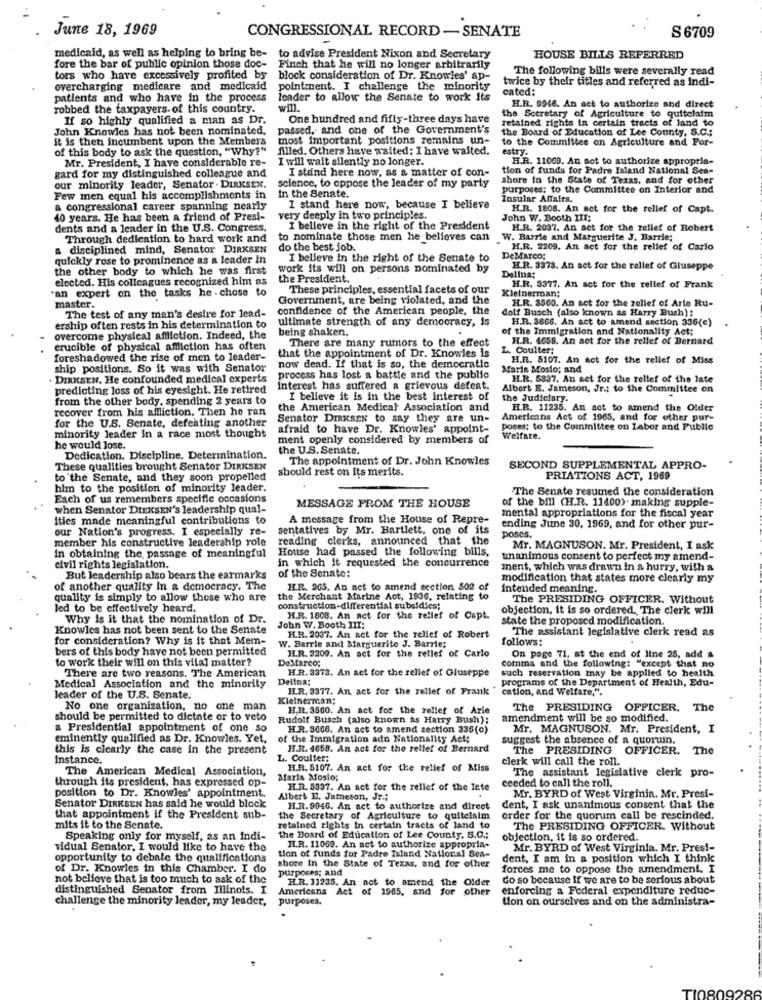
June 18, 1969
CONGRESSIONAL RECORD -SENATE
S 6709
medicaid, as well as helping to bring be- to advise President Nixon and Secretary
HOUSE BILLS REFERRED
fore the bar of public opinion those doc-
Finch that he will no longer arbitrarily
The following bills were severally read
tors who have excessively profited by
block consideration of Dr. Knowles' ap-
twice by their titles and referred as indi-
overcharging medicare and medicaid
pointment. I challenge the minority
cated:
patients and who have in the process
leader to allow the Senate to work its
robbed the taxpayers- of this country.
will.
the Secretary of Agriculture to quitclaim
H.R. 9946. An act to authorize and direct
If so highly qualified a man as Dr.
One hundred and fifty-three days have
John Knowles has not been nominated,
passed, and one of the Government's
retained rights in certain tracts of land to
the Board of Education of Lee County, S.C .;
it is then incumbent upon the Members
most important positions remains un-
to the Committee on Agriculture and Por-
of this body to ask the question, "Why?"
Alled. Others have waited: I have waited.
estry.
Mr. President, I have considerable re-
I will wait silently no longer.
H.R. 11069. An act to authorize appropria-
gard for my distinguished colleague and
I stand here now, as a matter of con-
tion of funds for Padre Island National Sea-
shore in the State of Texas, and for other
our minority leader, Senator . DIRKSEN.
science, to oppose the leader of my party
purposes; to the Committee on Interior and
Few men equal his accomplishments in
In the Senate.
Insular Affairs.
a congressional career spanning nearly
I stand here now, because I believe
H.R. 1808. An act for the relief of Capt.
40 years. He has been a friend of Presi-
very deeply in two principles.
John W. Booth III;
dents and a leader in the U.S. Congress.
I believe in the right of the President
H.R. 2037. An act for the relief of Robert
Through dedication to hard work and
to nominate those men he believes can
W. Barrie and Marguerite J. Barrie;
a disciplined mind, Senator DIRKSEN
do the best job.
H.R. 2209. An act for the relief of Carlo
quickly rose to prominence as a leader In
I believe in the right of the Senate to
DeMARCO:
the other body to which he was first
work its will on persons nominated by
H.R. 3378. An act for the relief of Gluseppe
elected. His colleagues recognized him as
the President.
Delina;
an expert on the tasks he - chose to
These principles, essential facets of our
Kleinerman;
H.R. 3377. An act for the relief of Frank
Government, are being violated, and the
master.
The test of any man's desire for lead-
confidence of the American people, the
dolf Busch (also known as Harry Bush) :
H.R. 3560. An net for the zellef of Arie Ru-
ultimate strength of any democracy, is
H.R. 3666. An act to amend section 336(c)
ership often rests in his determination to
being shaken.
of the Immigration and Nationality Act;
overcome physical affliction. Indeed, the
There are many rumors to the effect
H.R. 4658. An act for the relief of Bernard
crucible of physical affliction has often
L. Coulter:
foreshadowed the rise of men to leader-
that the appointment of Dr. Knowles is
H.R. 5107. An act for the relief of Miss
ship positions. So it was with Senator
now dead. If that is so, the democratic
Marie Moslo; and
. DIRKSEN. He confounded medical experts
process has lost a battle and the public
H.R. 5337. An set for the rellef of the late
predicting loss of his eyesight. He retired
interest has suffered a grievous defeat.
Albert E. Jameson, Jr .; to the Committee on
from the other body, spending 2 years to
I believe it is in the best interest of
the Judiciary.
recover from his affliction. Then he ran
the American Medical Association and
H.R. 11235. An act to amend the Older
for the U.S. Senate, defeating another
Senator DIRKSEN to say they are un-
Americans Act of 1965, and for other pur-
afraid to have Dr. Knowles' appoint-
poses: to the Committee on Labor and Public
minority leader in a race most thought
ment openly considered by members of
Welfare.
he would lose.
the U.S. Senate.
Dedication. Discipline. Determination.
The appointment of Dr. John Knowles
These qualities brought Senator DIRKSEN
should rest on its merits.
SECOND SUPPLEMENTAL APPRO-
to the Senate, and they soon propelled
PRIATIONS ACT, 1969
him to the position of minority leader.
The Senate resumed the consideration
Each of us remembers specific occasions
when Senator DIEKSEN's leadership qual-
MESSAGE FROM THE HOUSE
of the bill (H.R. 11400). making supple-
ities made meaningful contributions to
A message from the House of Repre-
mental appropriations for the fiscal year
our Nation's progress. I especially re-
sentatives by Mr. Bartlett, one of its
ending June 30, 1969, and for other pur-
member his constructive leadership role
reading clerks, announced that the
poses.
in obtaining the passage of meaningful
House had passed the following bills,
Mr. MAGNUSON. Mr. President, I ask
in which it requested the concurrence
unanimous consent to perfect my amend-
civil rights legislation.
ment, which was drawn in a hurry, with a
But leadership also bears the earmarks
of the Senate:
modification that states more clearly my
of another quality In a democracy. The
HI.R. 265. An act to amend ecction 502 of
intended meaning.
quality is simply to allow those who are
the Merchant Marine Act, 1936, relating to
The PRESIDING OFFICER. Without
led to be effectively heard.
construction-differential subsidies;
objection, it is so ordered. The clerk will
Why is it that the nomination of Dr.
H.R. 1808. An act for the rellet of Capt.
state the proposed modification.
Knowles has not been sent to the Senate
John W. Booth III;
The assistant legislative clerk read as
for consideration? Why is it that Mem-
W. Barrie and Marguerite J. Barrie;
H.R. 2037. An act for the relief of Robert
follows:
bers of this body have not been permitted
JLR. 3209. An act for the rellef of Carlo
to work their will on this vilal matter?
DeMarco:
comma and the following: "except that no
On page 71, at the end of line 25, add &
There are two reasons. The American
H.R. 3373. An act for the relief of Giuseppe
such reservation may be applied to health
Delina:
programs of the Department of Health, Edu-
Medical Association and the minority
H.R. 3377. An act for the rellef of Frank"
cation, and Welfare,".
leader of the U.S. Senate.
Kleinerman;
No one organization, no one man
H.R. 3560. An act for the relief of Arie
The PRESIDING OFFICER. The
should be permitted to dictate or to veto
Rudolf Busch (also known as Harry Bush);
amendment will be so modified.
a Presidential appointment of one so
H.R. 3066. An act to amend section 336(c)
Mr. MAGNUSON. Mr. President, I
eminently qualified as Dr. Knowles. Yet,
of the Immigration ado Nationality Act;
suggest the absence of a quorumn.
this is clearly the case in the present
H.R. 4658. An act for the relief of Bernard
The PRESIDING OFFICER.
The
Instance.
L. Coulter:
clerk will call the roll.
The American Medical Association,
H.R. 5107. An act for the relief of Miss
The assistant legislative clerk pro-
through its president, has expressed op-
Marla Mosio;
ceeded to call the roll.
H.R. 5337. An act for the relief of the Inte
position to Dr. Knowles' appointment.
Albert E. Jameson, Jr .;
Mr. BYRD of West Virginia. Mr. Presi-
Senator DIRKSEN has said he would block
H.R. 9946. An act to authorize and direct
dent, I ask unanimous consent that the
that appointment if the President sub-
the Secretary of Agriculture to quitelalm
order for the quorum call be rescinded.
mits it to the Senate.
retained rights in certain tracts of land to
The PRESIDING OFFICER. Without
Speaking only for myself, as an Indi-
the Board of Education of Lee County, S.C .;
objection, it is so ordered.
vidual Senator, I would like to have the
tion of funds for Padre Island National Sea-
H.R. 11069. An act to authorize appropria-
Mr. BYRD of West Virginia. Mr. Pres !-
opportunity to debate the qualifications
dent, I am in a position which I think
of Dr. Knowles in this Chamber. I do
shore In the State of Texas, and for other
purposes; and
forces me to oppose the amendment. I
not believe that is too much to ask of the
HR. 11235. An act to amend the
Older
do so because if we are to be serious about
distinguished Senator from Illinois. I
Americans Act of 1965, and for other
enforcing a Federal expenditure reduc-
challenge the minority leader, my leader,
purposes.
tion on ourselves and on the administra-